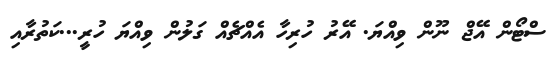
ސްޓޯން އޭޖް ނޫން ވިއްޔަ. އޭރު ހުރިހާ އެއްޗެއް ގަލުން ވިއްޔަ ހުރީ...ކަތުރާއި